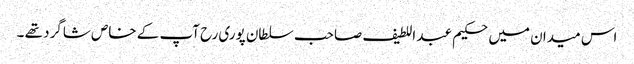
اس میدان میں حکیم عبد اللطیف صاحب سلطان پوری رح آپ کے خاص شاگرد تھے ۔